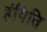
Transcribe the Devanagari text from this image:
इंगिति